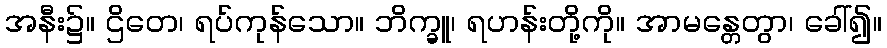
အနီး၌။ ဌိတေ၊ ရပ်ကုန်သော။ ဘိက္ခူ၊ ရဟန်းတို့ကို။ အာမန္တေတွာ၊ ခေါ်၍။